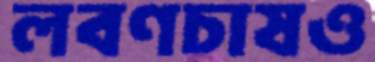
লবণচাষও